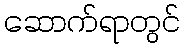
ဆောက်ရာတွင်